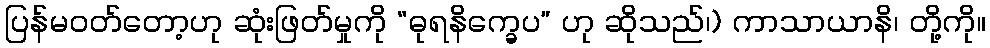
ပြန်မဝတ်တော့ဟု ဆုံးဖြတ်မှုကို “ဓုရနိက္ခေပ” ဟု ဆိုသည်၊) ကာသာယာနိ၊ တို့ကို။